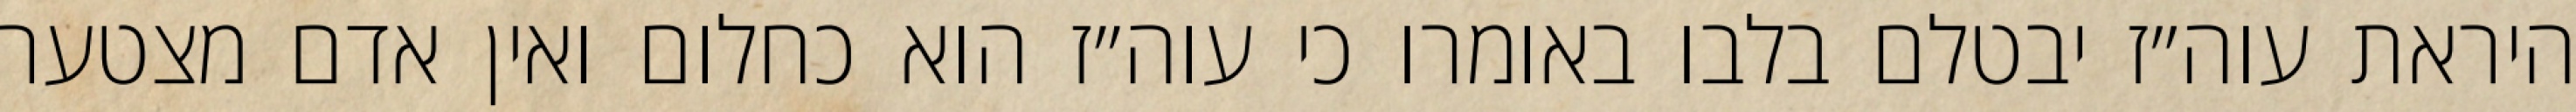
היראת עוה״ז יבטלם בלבו באומרו כי עוה״ז הוא כחלום ואין אדם מצטער